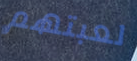
لعبتهم